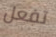
تفعل